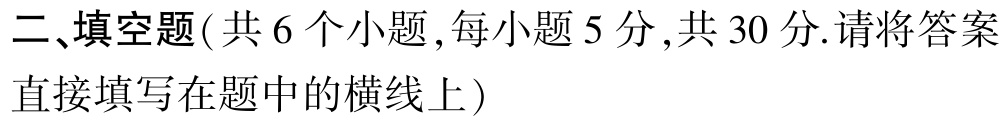
二、填空题( 共 6 个小题 ,每小题 5 分 ,共 30 分.请将答案直接填写在题中的横线上）